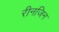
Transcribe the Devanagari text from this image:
रीनजिन